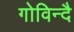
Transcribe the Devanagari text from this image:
गोविन्दै